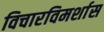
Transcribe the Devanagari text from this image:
विचारविमर्शास